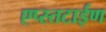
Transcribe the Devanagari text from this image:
एप्स्तटाईण